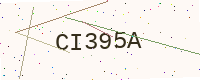
Text: CI395A